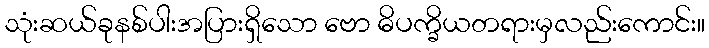
သုံးဆယ်ခုနစ်ပါးအပြားရှိသော ဗော ဓိပက္ခိယတရားမှလည်းကောင်း။